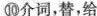
⑩介词，替，给